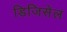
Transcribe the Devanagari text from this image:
डिजिसेल